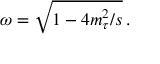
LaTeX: \omega = \sqrt { 1 - 4 m _ { \tau } ^ { 2 } / s } \, .